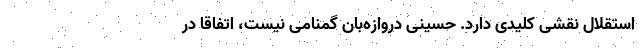
استقلال نقشی کلیدی دارد. حسینی دروازه‌بان گمنامی نیست، اتفاقاً در